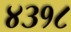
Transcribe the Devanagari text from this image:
४३१८